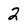
Character: 2